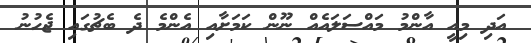
އަދި މިއީ އާންމު މައްސަލައެއް ނޫން ކަމަށާއި އެންމެ ދެ ބެޗުގައި ޖެހުނު